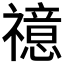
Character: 𥜇